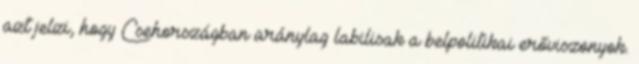
azt jelzi, hogy Csehországban aránylag labilisak a belpolitikai erőviszonyok.